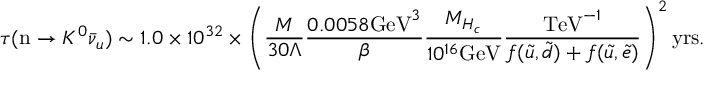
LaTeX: \tau ( \mathrm { n } \rightarrow K ^ { 0 } \bar { \nu } _ { u } ) \sim 1 . 0 \times 1 0 ^ { 3 2 } \times \left( \frac { M } { 3 0 \Lambda } \frac { 0 . 0 0 5 8 \mathrm { G e V } ^ { 3 } } { \beta } \frac { M _ { H _ { c } } } { 1 0 ^ { 1 6 } \mathrm { G e V } } \frac { \mathrm { T e V } ^ { - 1 } } { f ( \tilde { u } , \tilde { d } ) + f ( \tilde { u } , \tilde { e } ) } \right) ^ { 2 } \mathrm { y r s } .